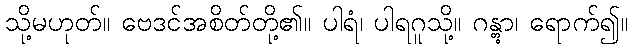
သို့မဟုတ်။ ဗေဒင်အစိတ်တို့၏။ ပါရံ၊ ပါရဂူသို့။ ဂန္တွာ၊ ရောက်၍။